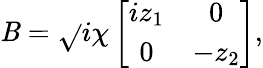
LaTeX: \mathit{B}=\sqrt{}{{i\chi}}\left[\begin{array}{cc}{iz_{1}}&{0}\\ {0}&{-z_{2}}\end{array}\right],